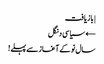
| بازیافت
← سیاسی دنگل
سال نو کے آغاز سے پہلے!